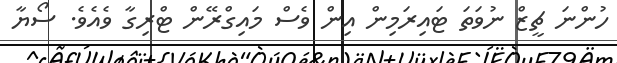
ހުންނަ ޗީޒް ނުވަތަ ޓައިރަމިން އިން ވެސް މައިގްރޭން ޓްރިގާ ވެއެވެ. ސޯޔާ